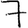
Digit: 7